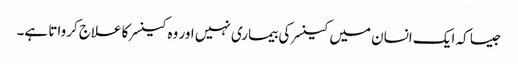
جیسا کہ ایک انسان میں کینسر کی بیماری نہیں اور وہ کینسر کا علاج کرواتا ہے۔